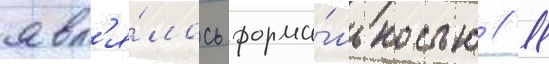
явл'я́лось форма́льностью // 11